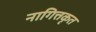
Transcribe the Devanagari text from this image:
नागित्तकृत